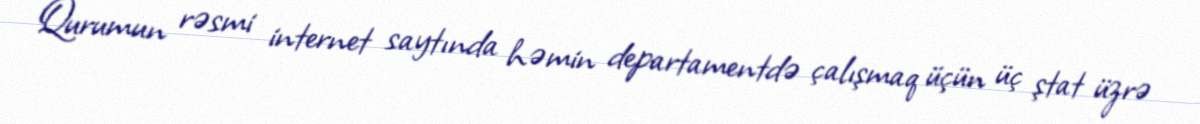
Qurumun rəsmi internet saytında həmin departamentdə çalışmaq üçün üç ştat üzrə